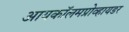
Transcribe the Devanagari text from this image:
आयकॉलमप्रोव्हायडर